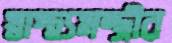
স্বাস্থ্যমন্ত্রীর